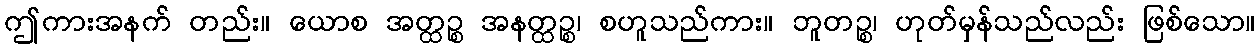
ဤကားအနက် တည်း။ ယောစ အတ္ထဉ္စ အနတ္ထဉ္စ၊ စဟူသည်ကား။ ဘူတဉ္စ၊ ဟုတ်မှန်သည်လည်း ဖြစ်သော။